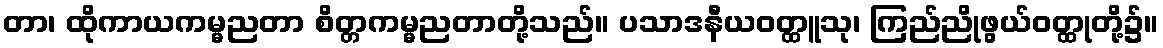
တာ၊ ထိုကာယကမ္မညတာ စိတ္တကမ္မညတာတို့သည်။ ပသာဒနီယဝတ္ထူသု၊ ကြည်ညိုဖွယ်ဝတ္ထုတို့၌။